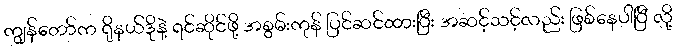
ကျွန်တော်က ရိုနယ်ဒိုနဲ့ ရင်ဆိုင်ဖို့ အစွမ်းကုန် ပြင်ဆင်ထားပြီး အဆင့်သင့်လည်း ဖြစ်နေပါပြီ လို့